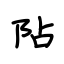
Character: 阽